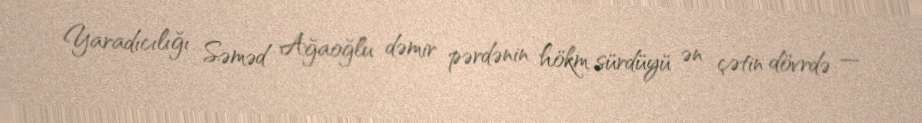
Yaradıcılığı Səməd Ağaoğlu dəmir pərdənin hökm sürdüyü ən çətin dövrdə —